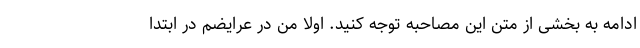
ادامه به بخشی از متن این مصاحبه توجه کنید. اولا من در عرایضم در ابتدا